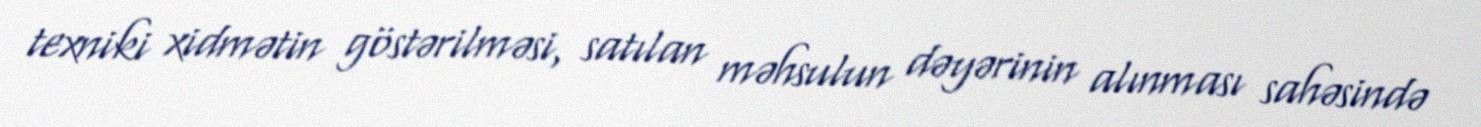
texniki xidmətin göstərilməsi, satılan məhsulun dəyərinin alınması sahəsində